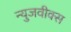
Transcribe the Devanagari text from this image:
न्युजवीक्स